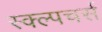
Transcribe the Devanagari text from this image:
स्क्ल्पचर्स